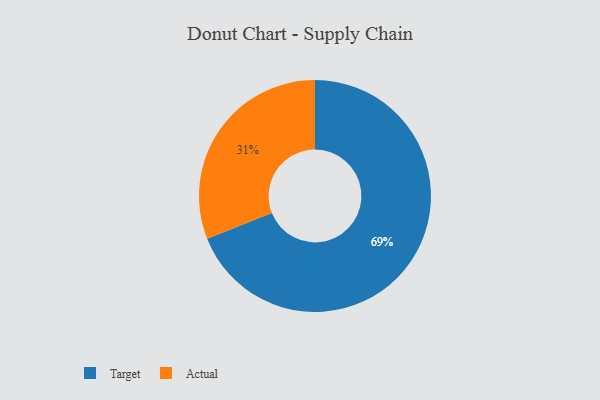
{"axis": {"x": "Category", "y": "Percentage"}, "legend": ["Actual", "Target"], "data": [{"x": "Target", "y": 69, "type": "Target"}, {"x": "Actual", "y": 31, "type": "Actual"}]}